Lunatic asylums Madras 1892-1911 - 1892-1911
Year: 1892
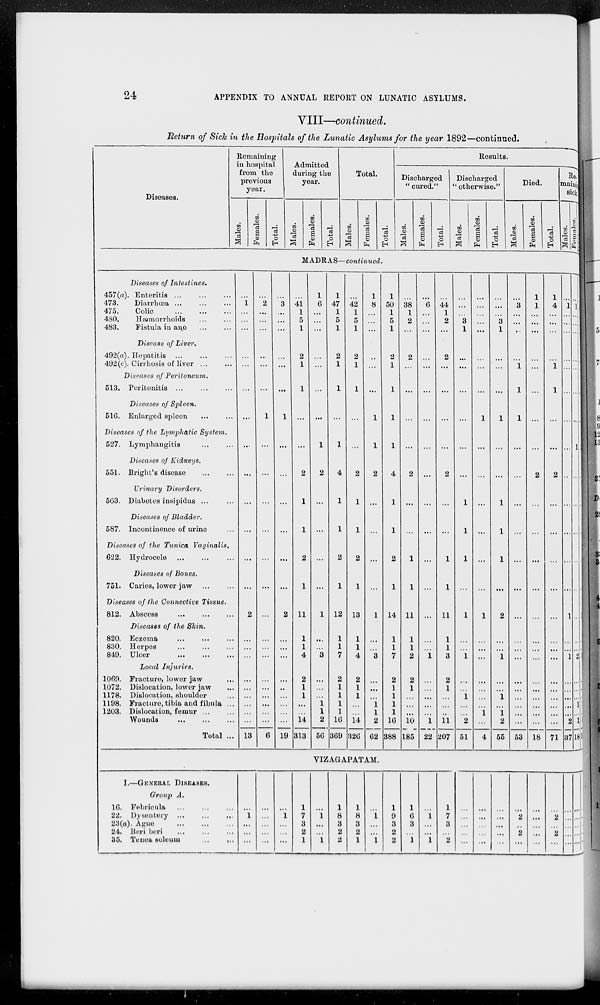
24
APPENDIX TO ANNUAL REPORT ON LUNATIC ASYLUMS.
VIII—continued.
Return of Sick in the Hospitals of the Lunatic Asylums for the year 1892—continued.
Diseases.
Remaining
in hospital
from the
previous
year.
Males.
Females.
Total.
Admitted
during the
year.
Males.
Females.
Total.
Total.
Males.
Females.
Total.
Results.
Discharged
"cured."
Males.
Females.
Total.
Discharged
"otherwise."
Males.
Females.
Total.
Died.
Males.
Females.
Total.
Remainig
sick
Males.
Females.
MADRAS—continued.
Diseases of Intestines.
457(a). Enteritis
...
...
...
473.
Diarrhœa ... ... ...
475.
Colic
...
...
...
480.
Hæmorrhoids
...
...
483.
Fistula in ano
...
...
Disease of Liver.
492(a). Hepatitis
...
...
...
492(c). Cirrhosis of liver
...
...
Diseases of Peritoneum.
513. Peritonitis ... ... ...
Diseases of Spleen.
516. Enlarged spleen ... ...
Diseases of the Lymphatic
System.
527. Lymphangitis ... ...
Diseases of Kidneys.
551. Bright's disease ... ...
Urinary
Disorders.
563. Diabetes insipidus ... ...
Diseases of Bladder.
587. Incontinence of urine ...
Diseases of the Tunica
Vaginalis.
622. Hydrocele
...
...
...
Diseases of Bones.
751. Caries, lower jaw ... ...
Diseases of the Connective Tissue.
812. Abscess
...
...
...
Diseases of the Skin.
820. Eczema
...
...
...
830. Herpes
...
...
...
849. Ulcer
...
...
...
Local
Injuries.
1069. Fracture, lower jaw ...
1072. Dislocation, lower jaw ...
1178. Dislocation, shoulder ...
1198. Fracture, tibia and fibula ...
1203. Dislocation, femur
...
...
Wounds
...
...
...
Total ..
...
1
...
...
...
...
...
...
...
...
...
...
...
...
...
2
...
...
...
...
...
...
...
...
...
13
...
2
...
...
...
...
...
...
1
...
...
...
...
...
...
...
...
...
...
...
...
...
...
...
...
6
...
3
...
...
...
...
...
...
1
...
...
...
...
...
...
2
...
...
...
...
...
...
...
...
...
19
...
41
1
5
1
2
1
1
...
...
2
1
1
2
1
11
1
1
4
2
1
1
...
...
14
313
1
6
...
...
...
...
...
...
...
1
2
...
...
...
...
1
...
...
3
...
...
...
1
1
2
56
1
47
1
5
1
2
1
1
...
1
4
1
1
2
1
12
1
1
7
2
1
1
1
1
16
369
...
42
1
5
1
2
1
1
...
...
2
1
1
2
1
13
1
1
4
2
1
1
...
...
14
326
1
8
...
...
...
...
...
...
1
1
2
...
...
...
...
1
...
...
3
...
...
...
1
1
2
62
1
50
1
5
1
2
1
1
1
1
4
1
1
2
1
14
1
1
7
2
1
1
1
1
16
388
...
38
1
2
...
2
...
...
...
...
2
...
...
1
1
11
1
1
2
2
1
...
...
...
10
185
...
6
...
...
...
...
...
...
...
...
...
...
...
...
...
...
...
...
1
...
...
...
...
...
1
22
...
44
1
2
...
2
...
...
...
...
2
...
...
1
1
11
1
1
3
2
1
...
...
...
11
207
...
...
...
3
1
...
...
...
...
...
...
1
1
1
...
1
...
...
1
...
...
1
...
...
2
51
...
...
...
...
...
...
...
...
1
...
...
...
...
...
...
1
...
...
...
...
...
...
...
1
...
4
...
...
...
3
1
...
...
...
1
...
...
1
1
1
...
2
...
...
1
...
...
1
...
1
2
55
...
3
...
...
...
...
1
1
1
...
...
...
...
...
...
...
...
...
...
...
...
...
...
...
...
53
1
1
...
...
...
...
...
...
...
...
2
...
...
...
...
...
...
...
...
...
...
...
...
...
...
18
1
4
...
...
...
...
1
1
...
...
2
...
...
...
...
...
...
...
...
...
...
...
...
...
...
71
...
1
...
...
...
...
...
...
...
...
...
...
...
...
...
1
...
...
1
...
...
...
...
...
...
37
...
1
...
...
...
...
...
...
...
1
...
...
...
...
...
...
...
...
2
...
...
...
...
...
2
18
1 ...
1
55
VIZAGAPATAM.
I.—GENERAL DISEASES.
Group A.
16. Febricula
...
...
...
22. Dysentery
...
...
...
23(a). Ague
...
...
...
24. Beri beri
...
...
...
35. Tenea soleum
...
...
...
1
...
...
...
...
...
...
...
...
...
1
...
...
...
1
7
3
2
1
...
1
...
...
1
1
8
3
2
2
1
8
3
2
1
...
1
...
...
1
1
9
3
2
2
1
6
3
...
1
...
1
...
...
1
1
7
3
...
2
...
...
...
...
...
...
...
...
...
...
...
...
...
...
...
...
2
...
2
...
...
...
...
...
...
...
2
...
2
...
...
...
...
...
...
...
...
...
...
...
...
...
...
...
...